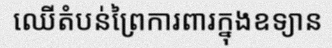
ឈើតំបន់ព្រៃការពារក្នុងឧទ្យាន